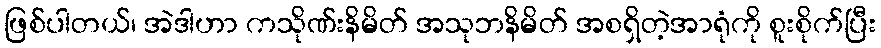
ဖြစ်ပါတယ်၊ အဲဒါဟာ ကသိုဏ်းနိမိတ် အသုဘနိမိတ် အစရှိတဲ့အာရုံကို စူးစိုက်ပြီး